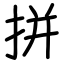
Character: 拼